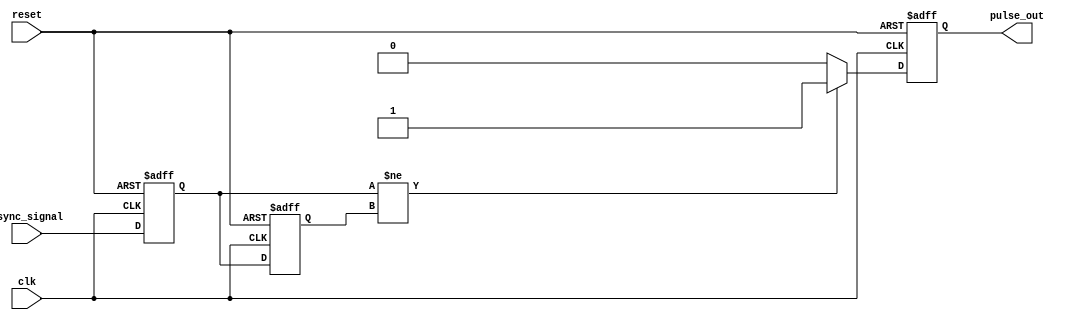
module metastability_detector (
    input wire clk,                // Local clock
    input wire async_signal,       // Asynchronous input signal
    input wire reset,              // Reset signal
    output reg pulse_out           // Output pulse signal
);

    // Internal signals
    reg ff1_out;                  // Output of the first flip-flop
    reg ff2_out;                  // Output of the second flip-flop
    reg pulse_gen;                // Intermediate pulse generation signal

    // Flip-flop 1: Sample the asynchronous signal
    always @(posedge clk or posedge reset) begin
        if (reset) begin
            ff1_out <= 1'b0;
        end else begin
            ff1_out <= async_signal;
        end
    end

    // Flip-flop 2: Sample the output of the first flip-flop
    always @(posedge clk or posedge reset) begin
        if (reset) begin
            ff2_out <= 1'b0;
        end else begin
            ff2_out <= ff1_out;
        end
    end

    // Pulse generation logic
    always @* begin
        // Generate pulse if the outputs of the two flip-flops differ
        pulse_gen = (ff1_out != ff2_out);
    end

    // Output pulse logic with pulse width control
    always @(posedge clk or posedge reset) begin
        if (reset) begin
            pulse_out <= 1'b0;
        end else if (pulse_gen) begin
            pulse_out <= 1'b1; // Start pulse
        end else begin
            pulse_out <= 1'b0; // End pulse
        end
    end

endmodule